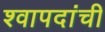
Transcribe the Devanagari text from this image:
श्वापदांची